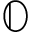
\mathbb { O }